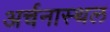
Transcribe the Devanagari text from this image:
अर्चनास्थल